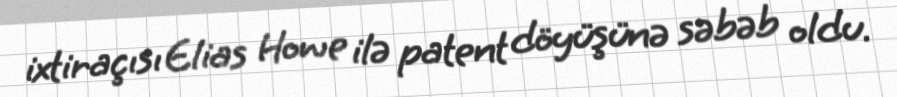
ixtiraçısı Elias Howe ilə patent döyüşünə səbəb oldu.